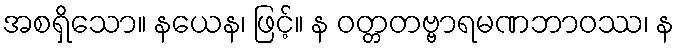
အစရှိသော။ နယေန၊ ဖြင့်။ န ဝတ္တတဗ္ဗာရမဏဘာဝဿ၊ န